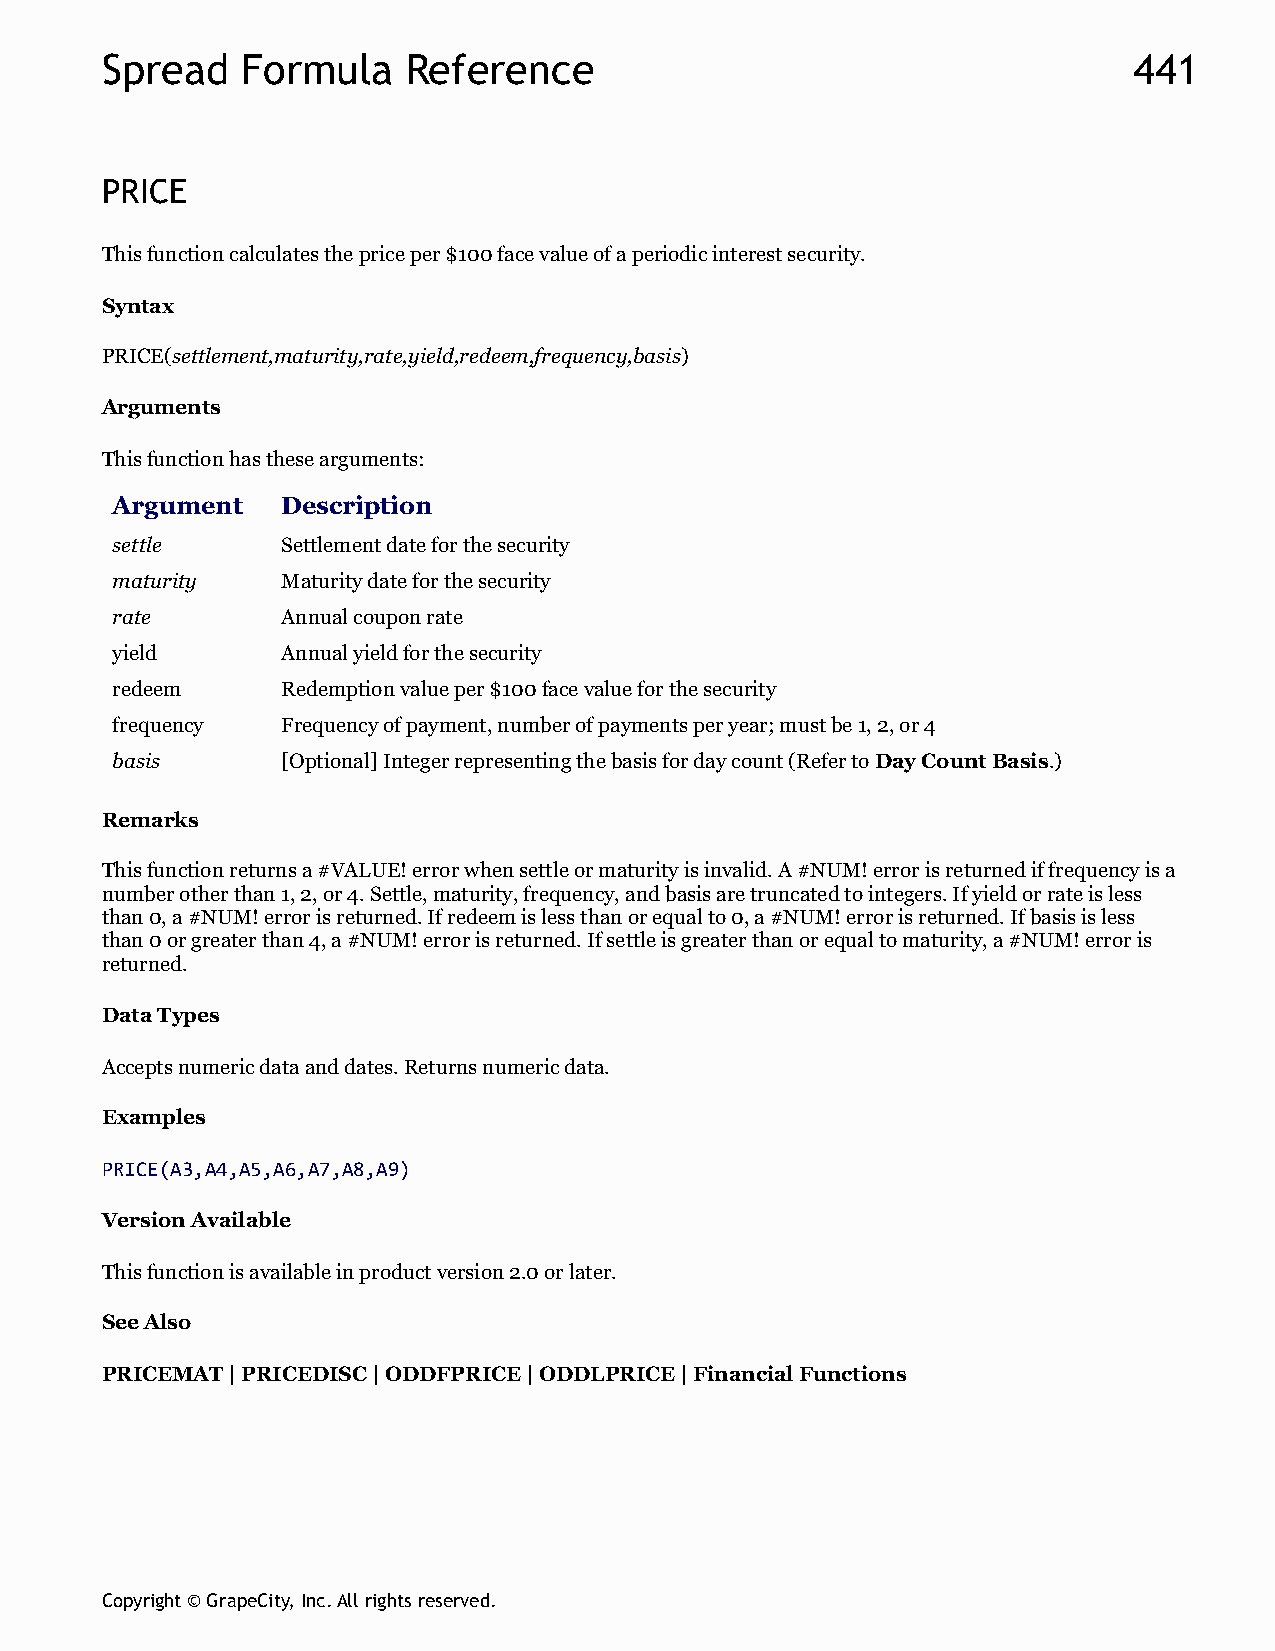
Spread   Formula    Reference                                       441
 PRICE
 This function calculates the price per $100 face value of a periodic interest security.
 Syntax
 PRICE(settlement,maturity,rate,yield,redeem,frequency,basis)
 Arguments
 This function has these arguments:
 Argument    Description
 settle      Settlement date for the security
 maturity    Maturity date for the security
 rate        Annual coupon rate
 yield       Annual yield for the security
 redeem      Redemption value per $100 face value for the security
 frequency   Frequency of payment, number of payments per year; must be 1, 2, or 4
 basis       [Optional] Integer representing the basis for day count (Refer to Day Count Basis.)
 Remarks
 This function returns a #VALUE! error when settle or maturity is invalid. A #NUM! error is returned if frequency is a
 number other than 1, 2, or 4. Settle, maturity, frequency, and basis are truncated to integers. If yield or rate is less
 than 0, a #NUM! error is returned. If redeem is less than or equal to 0, a #NUM! error is returned. If basis is less
 than 0 or greater than 4, a #NUM! error is returned. If settle is greater than or equal to maturity, a #NUM! error is
 returned.
 Data Types
 Accepts numeric data and dates. Returns numeric data.
 Examples
 PRICE(A3,A4,A5,A6,A7,A8,A9)
 Version Available
 This function is available in product version 2.0 or later.
 See Also
 PRICEMAT | PRICEDISC | ODDFPRICE | ODDLPRICE | Financial Functions
 Copyright © GrapeCity, Inc. All rights reserved.